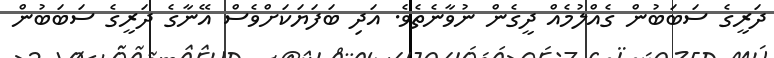
ދަރީގެ ސަބަބުން ގެއްލުމެއް ދީގެން ނުވާނެތެވެ. އަދި ބަފަޔަކަށްވެސް އޭނާގެ ދަރީގެ ސަބަބުން